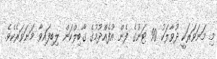
މި މަނަވަރަކީ ދުވާލަކު 90 ޓަނުގެ ފެން އުފެއްދުމުގެ ގާބިލްކަން ލިބިފައިވާ މަނަވަރެކެވެ.